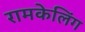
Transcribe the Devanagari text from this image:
रामकेलिंग